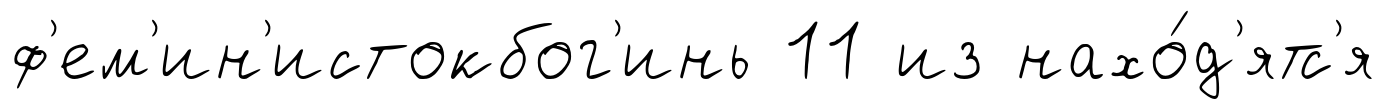
ф'ем'ин'истокбог'инь 11 из нахо́д'ятс'я